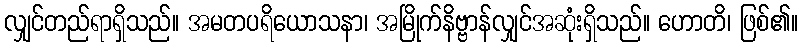
လျှင်တည်ရာရှိသည်။ အမတပရိယောသနာ၊ အမြိုက်နိဗ္ဗာန်လျှင်အဆုံးရှိသည်။ ဟောတိ၊ ဖြစ်၏။